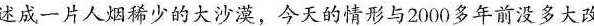
述成一片人烟稀少的大沙漠，今天的情形与2000多年前没多大改